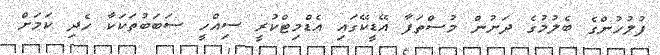
ފުލުހުންގެ ބެލުމުގެ ދަށުން މުސްތަފާ އޭޑީކޭގައި އެޑްމިޓްކުރީ ސިއްހީ ސަބަބުތަކަކާ ހެދި ކަމަށް